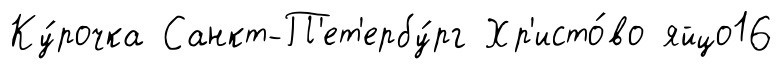
Ку́рочка Санкт-П'ет'ербу́рг Хр'исто́во яйцо16